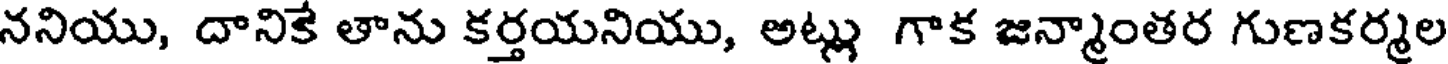
ననియు, దానికే తాను కర్తయనియు, అట్లు గాక జన్మాంతర గుణకర్మల